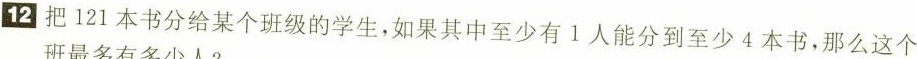
12 把121本书分给某个班级的学生，如果其中至少有1人能分到至少4本书，那么这个